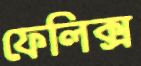
ফেলিক্স